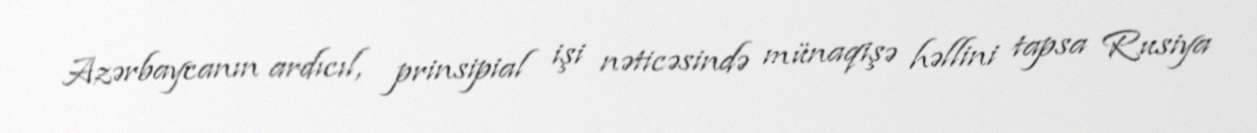
Azərbaycanın ardıcıl, prinsipial işi nəticəsində münaqişə həllini tapsa Rusiya